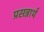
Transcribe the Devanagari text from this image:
प्रसन्नार्थ